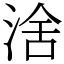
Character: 涻